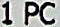
1 PC